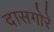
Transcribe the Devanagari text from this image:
दासगोरे